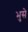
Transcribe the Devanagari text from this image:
भुसे